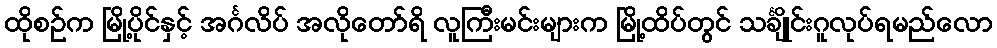
ထိုစဉ်က မြို့ပိုင်နှင့် အင်္ဂလိပ် အလိုတော်ရိ လူကြီးမင်းများက မြို့ထိပ်တွင် သင်္ချိုင်းဂူလုပ်ရမည်လော